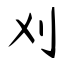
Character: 刈